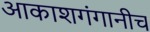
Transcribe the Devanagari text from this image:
आकाशगंगानीच